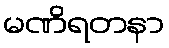
မဏိရတနာ